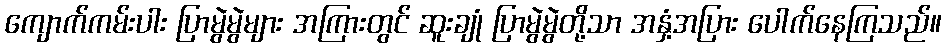
ကျောက်ကမ်းပါး ပြာမွဲမွဲများ အကြားတွင် ဆူးချုံ ပြာမွဲမွဲတို့သာ အနှံ့အပြား ပေါက်နေကြသည်။